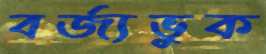
বর্জ্যভুক